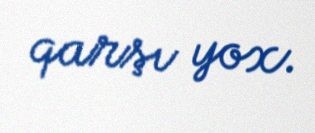
qarşı yox.